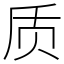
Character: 质